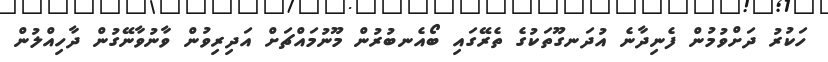
ހަކުރު ދަށްވުމުން ފެނިދާނެ އުދަނގޫތަކުގެ ތެރޭގައި ބޯއެނބުރުން މޫނުމައްޗަށް އަދިރިވުން ވާނުވާނޭގުން ދާހިއްލުން